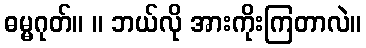
ဓမ္မဂုတ်။ ။ ဘယ်လို အားကိုးကြတာလဲ။